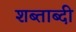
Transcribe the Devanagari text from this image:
शब्ताब्दी